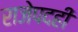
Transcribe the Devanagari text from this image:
राजेपदही